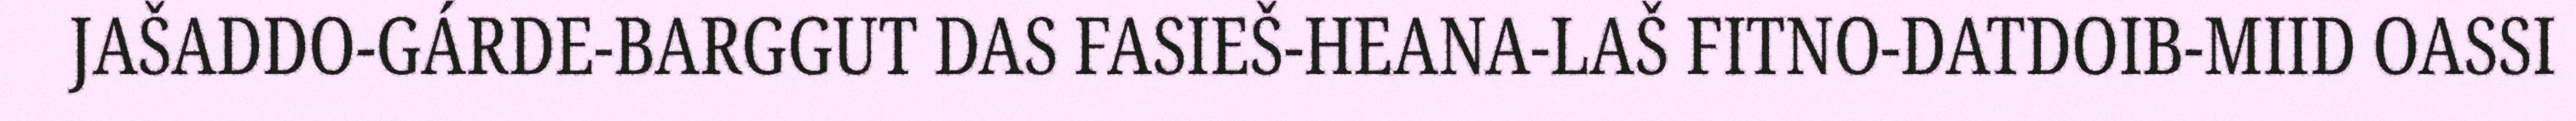
JAŠADDO-GÁRDE-BARGGUT DAS FASIEŠ-HEANA-LAŠ FITNO-DATDOIB-MIID OASSI